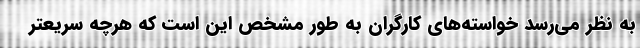
به نظر می‌رسد خواسته‌های کارگران به طور مشخص این است که هرچه سریعتر